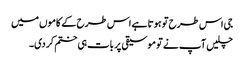
جی اس طرح تو ہوتا ہے اس طرح کے کاموں میں
چلیں آپ نے تو موسیقی پر بات ہی ختم کر دی۔